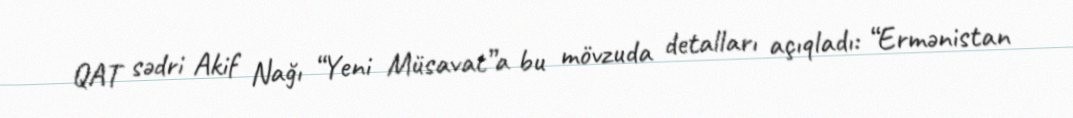
QAT sədri Akif Nağı “Yeni Müsavat”a bu mövzuda detalları açıqladı: “Ermənistan